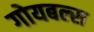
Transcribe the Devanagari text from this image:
गोयबल्स